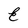
Character: E